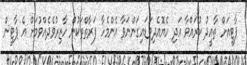
ޕާޓީއަށް ތާޢީދު ކުރައްވާ އަދި ހެޔޮއެދިވަޑައިގަންނަވާ އެންމެހާ ފަރާތްތަކުން ހާޒިރުވެދެއްވުމަށް އެ ޕާޓީން